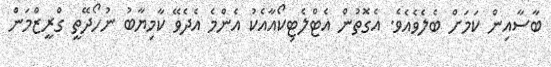
ބާސާއިން ކަމަށް ބެލެވެއެވެ. އެގޮތުން އެޓްލެޓިކޯއާއެކު އެންމެ އެދެވޭ ކާމިޔާބު ނުހޯދޭތީ ގްރީޒްމަން